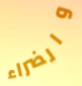
والضراء